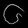
Digit: ၆